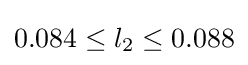
0.084\leq l_{2}\leq 0.088